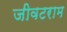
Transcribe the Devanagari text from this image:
जीवटराम